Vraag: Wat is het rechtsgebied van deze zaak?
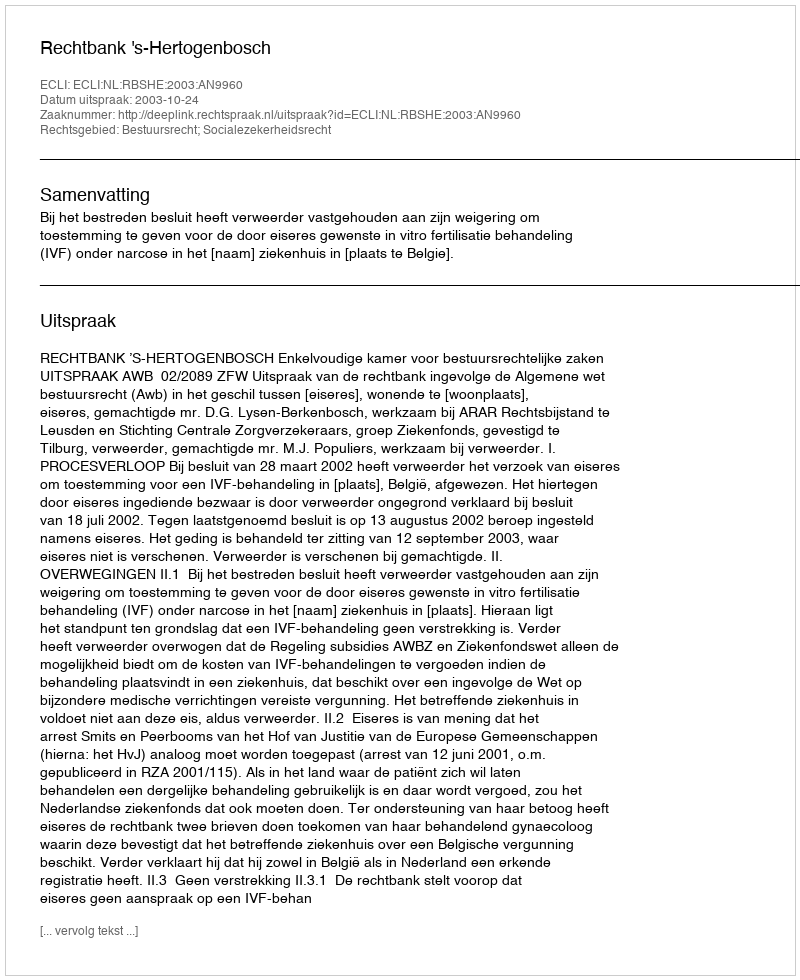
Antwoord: Bestuursrecht; Socialezekerheidsrecht